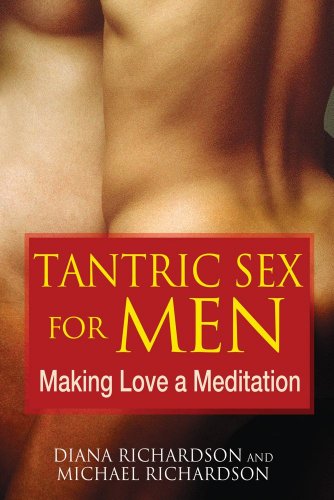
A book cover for Tantric Sex for Men: Making Love a Meditation; Diana Richardson; Health, Fitness & Dieting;